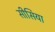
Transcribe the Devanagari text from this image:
सीसिया